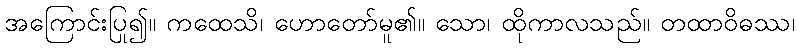
အကြောင်းပြု၍။ ကထေသိ၊ ဟောတော်မူ၏။ သော၊ ထိုကာလသည်။ တထာဝိဓဿ၊